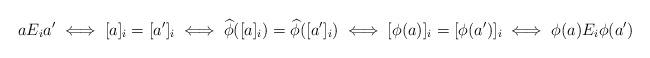
LaTeX: \begin{align*}a E_i a' \iff [a]_i = [a']_i \iff \widehat{\phi}([a]_i) = \widehat{\phi}([a']_i) \iff [\phi(a)]_i = [\phi(a')]_i \iff \phi(a) E_i \phi(a')\end{align*}